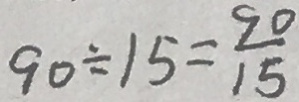
9 0 \div 1 5 = \frac { 9 0 } { 1 5 }